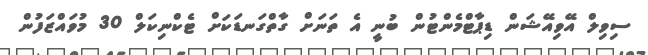
ސިވިލް އޭވިއޭޝަން ޑިޕާޓްމެންޓުން ބުނީ އެ ތަނަށް ގާތްގަނޑަކަށް ޓެކްނިކަލް 30 މުވައްޒަފުން